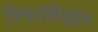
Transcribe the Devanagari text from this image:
विभयसिद्धांत